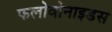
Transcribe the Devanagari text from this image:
फलोवोनाइडस